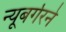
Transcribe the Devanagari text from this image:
न्यूबर्गरने